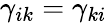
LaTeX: \gamma_{ik}=\gamma_{ki}